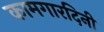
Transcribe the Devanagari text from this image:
कामगारदिनी